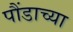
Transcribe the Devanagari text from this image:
पौंडाच्या